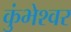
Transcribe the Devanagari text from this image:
कुंभेश्वर